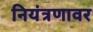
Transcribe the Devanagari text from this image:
नियंत्रणावर